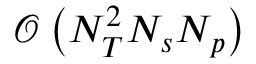
\mathcal { O } \left( N _ { T } ^ { 2 } N _ { s } N _ { p } \right)